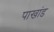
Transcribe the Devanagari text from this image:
पाखांड